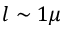
l \sim 1 \mu